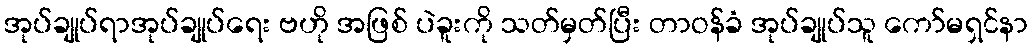
အုပ်ချုပ်ရာအုပ်ချုပ်ရေး ဗဟို အဖြစ် ပဲခူးကို သတ်မှတ်ပြီး တာဝန်ခံ အုပ်ချုပ်သူ ကော်မရှင်နာ